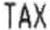
TAX